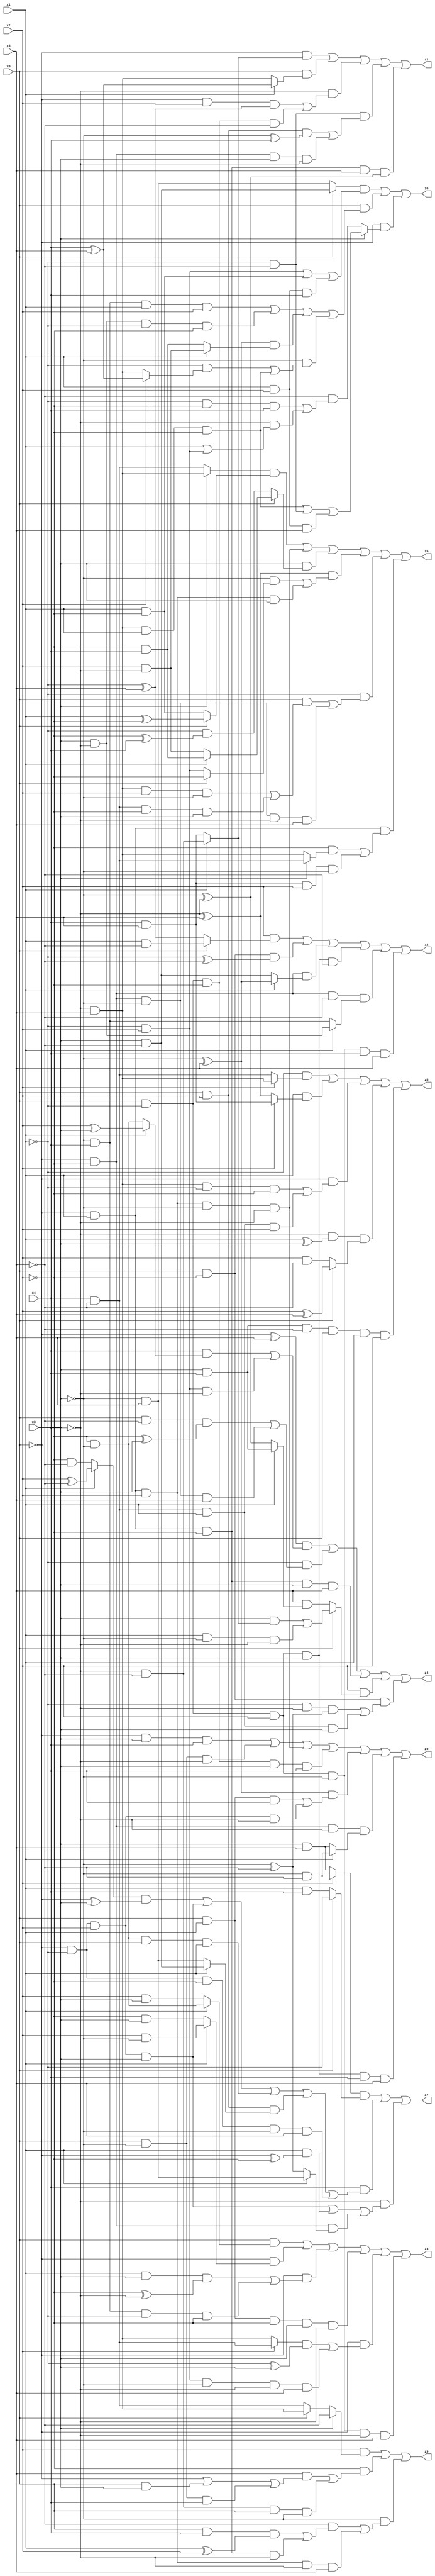
// Benchmark "X_17" written by ABC on Mon Jun 05 18:11:01 2023

module X_17 ( 
    x0, x1, x2, x3, x4, x5,
    z0, z1, z2, z3, z4, z5, z6, z7, z8, z9  );
  input  x0, x1, x2, x3, x4, x5;
  output z0, z1, z2, z3, z4, z5, z6, z7, z8, z9;
  assign z0 = (~x0 & x3 & x4) | (x0 & ~x3 & ~x4) | (~x0 & x1 & x2 & ~x3 & ~x4) | (x0 & ~x1 & ~x2 & x3 & x4) | ((~x3 ^ x5) & ((x0 & x1 & x4) | (~x0 & ~x1 & x2 & ~x4))) | (~x0 & ~x2 & ~x4 & (x1 ? (~x3 & ~x5) : (x3 & x5))) | (x0 & ~x1 & x2 & x3 & x4 & x5);
  assign z1 = (~x0 & (x1 ? (~x4 & ~x5) : (x4 & x5))) | (x0 & (x1 ? (x4 ^ x5) : (~x4 & x5))) | (~x4 & ((~x0 & x2 & (~x1 ^ x5)) | (x0 & ~x1 & ~x2 & ~x5))) | (~x1 & ~x5 & ((x0 & x2 & (~x3 ^ x4)) | (~x0 & ~x2 & x3 & ~x4))) | (~x0 & x1 & ~x2 & x5 & (~x3 ^ ~x4));
  assign z2 = (x2 & (x0 ? (x1 & ~x5) : (~x1 ^ x5))) | (x0 & ~x2 & (~x1 ^ ~x5)) | (~x0 & ~x2 & (x1 ? (~x3 ^ x5) : (x3 & ~x5))) | (x0 & ~x1 & x2 & x3 & ~x5) | (~x0 & ~x2 & ~x5 & (x1 ? (x3 & ~x4) : (~x3 & x4))) | (x0 & ~x1 & x2 & ~x3 & x4 & x5);
  assign z3 = (x0 & (x1 ? (~x2 & ~x3) : (x2 & x3))) | (~x0 & (x1 ? (x2 & ~x3) : (~x2 & x3))) | (~x0 & ((x1 & x3 & (~x2 ^ ~x4)) | (~x3 & x4 & ~x1 & ~x2))) | (x0 & x1 & ~x2 & x3 & ~x4) | (~x0 & (((x2 ? (x4 & ~x5) : (~x4 & x5)) & (~x1 ^ x3)) | (~x1 & x2 & ~x3 & ~x4 & x5))) | (x0 & ~x1 & x2 & ~x3 & ~x4 & x5);
  assign z4 = ((~x0 ^ x5) & ((x4 & (x1 ? (x2 ^ x3) : (~x2 & ~x3))) | (~x1 & x2 & ~x4))) | (~x1 & ((x0 & ~x5 & (~x2 ^ x3)) | (~x0 & ~x2 & ~x3 & x5))) | (~x0 & x1 & ~x2 & x3 & x5) | (x2 & (x0 ? ((x3 & (x1 ? (~x4 & ~x5) : (x4 & x5))) | (x1 & ~x3 & ~x4)) : (x5 & (x1 ? (x3 & x4) : (~x3 ^ ~x4))))) | (x0 & ~x2 & ((~x1 & ~x4 & (~x3 ^ ~x5)) | (x4 & ~x5 & x1 & x3)));
  assign z5 = ((x3 ? (~x4 & x5) : (x4 & ~x5)) & (x0 ? (x1 ^ ~x2) : (x1 & ~x2))) | (~x0 & x1 & x2 & ~x3 & ~x4) | (x3 & (x0 ? (x1 ? (~x2 & x4) : (x2 & ~x4)) : (~x1 & (~x2 ^ x4)))) | ((~x4 ^ x5) & ((~x3 & (x0 ? ~x2 : (~x1 & x2))) | (~x0 & x1 & x2 & x3))) | (~x1 & ((x0 & ((~x4 & x5 & x2 & ~x3) | (x4 & ~x5 & ~x2 & x3))) | (~x0 & ~x2 & ~x3 & ~x4 & x5))) | (~x0 & x1 & ((~x2 & (x3 ? (x4 & ~x5) : (~x4 & x5))) | (x4 & x5 & x2 & ~x3)));
  assign z6 = ((x0 ? (x3 & ~x5) : (~x3 & x5)) & ((~x1 & x2) | (x1 & ~x2) | (x1 & x2 & x4))) | (x0 & ((~x3 & x4 & x1 & x2) | (x3 & ~x4 & ~x1 & ~x2) | ((~x3 ^ x5) & (x1 ? (x2 & ~x4) : (~x2 & x4))) | (~x3 & ((~x1 & (x2 ? (x4 ^ x5) : (~x4 & x5))) | (~x4 & x5 & x1 & ~x2))))) | (~x0 & (x3 ? ((~x4 & x5 & x1 & ~x2) | (~x1 & ~x5) | (x1 & x2 & x5)) : (~x5 & ((~x1 & ~x2 & x4) | (~x4 & (x1 | (~x1 & x2)))))));
  assign z7 = ((x2 ? (~x3 & ~x5) : (x3 & x5)) & (x0 ? ~x1 : (x1 & x4))) | (x4 & (((x1 ? (x2 ^ ~x5) : (~x2 & ~x5)) & (~x0 ^ x3)) | (~x0 & ~x1 & x2 & x3) | (~x2 & ~x3 & x0 & x1) | (x0 & x2 & (x1 ? (x3 & ~x5) : (~x3 & x5))) | (~x0 & ~x1 & ~x2 & ~x3 & x5))) | (~x4 & ((~x0 & ~x1 & x2 & x3) | (x1 & (~x0 ^ ~x2)) | (~x0 & ~x2 & (x1 ? (~x3 & x5) : (~x3 ^ ~x5)))));
  assign z8 = (~x1 & (x2 ? (~x4 & x5) : (x4 & ~x5))) | (x1 & (x2 ? (x4 & x5) : (~x4 ^ x5))) | (~x0 & ((~x4 & x5 & ~x1 & ~x2) | (x4 & ~x5 & x1 & x2))) | (~x4 & (x1 ^ x3) & (x0 ? (x2 ^ x5) : (x2 & ~x5))) | (x3 & x4 & ~x5 & x0 & x1 & x2);
  assign z9 = (x2 & (x3 ? ~x5 : (x0 ? (~x4 & x5) : (x4 & ~x5)))) | (~x2 & ((x5 & (~x0 | (x0 & x3) | (x0 & ~x3 & x4))) | (~x4 & ~x5 & x0 & ~x3))) | (~x3 & ((~x5 & ((x0 & x4 & (x1 ^ x2)) | (~x0 & x1 & ~x2 & ~x4))) | (~x0 & x1 & x2 & ~x4 & x5)));
endmodule